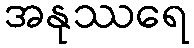
အနုဿရေ